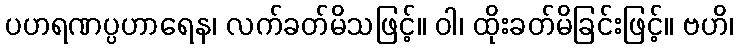
ပဟရဏပ္ပဟာရေန၊ လက်ခတ်မိသဖြင့်။ ဝါ၊ ထိုးခတ်မိခြင်းဖြင့်။ ဗဟိ၊